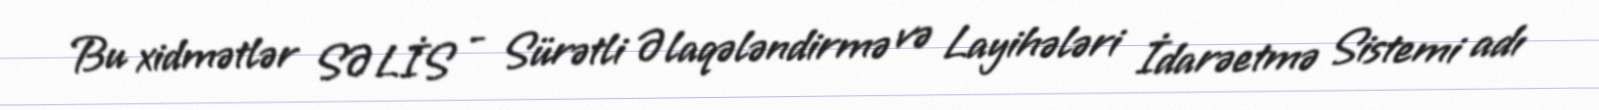
Bu xidmətlər SƏLİS - Sürətli Əlaqələndirmə və Layihələri İdarəetmə Sistemi adı